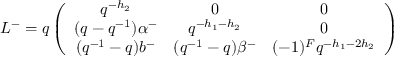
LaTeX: L ^ { - } = q \left( \begin{array} { c c c } { { q ^ { - h _ { 2 } } } } & { { 0 } } & { { 0 } } \\ { { ( q - q ^ { - 1 } ) \alpha ^ { - } } } & { { q ^ { - h _ { 1 } - h _ { 2 } } } } & { { 0 } } \\ { { ( q ^ { - 1 } - q ) b ^ { - } } } & { { ( q ^ { - 1 } - q ) \beta ^ { - } } } & { { ( - 1 ) ^ { F } q ^ { - h _ { 1 } - 2 h _ { 2 } } } } \end{array} \right)